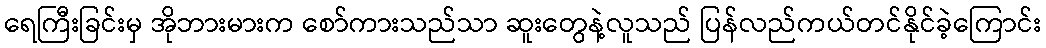
ရေကြီးခြင်းမှ အိုဘားမားက စော်ကားသည်သာ ဆူးတွေနဲ့လူသည် ပြန်လည်ကယ်တင်နိုင်ခဲ့ကြောင်း